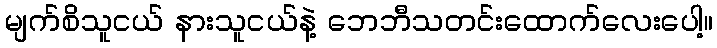
မျက်စိသူငယ် နားသူငယ်နဲ့ ဘေဘီသတင်းထောက်လေးပေါ့။